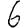
Digit: 6